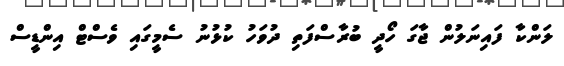
ލަންކާ ފައިނަލުން ޖާގަ ހޯދީ ބުރާސްފަތި ދުވަހު ކުޅުނު ސެމީގައި ވެސްޓް އިންޑީސް